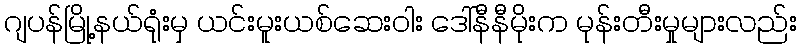
ဂျပန်မြို့နယ်ရုံးမှ ယင်းမူးယစ်ဆေးဝါး ဒေါ်နီနီမိုးက မုန်းတီးမှုများလည်း